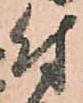
付